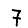
Digit: 7